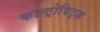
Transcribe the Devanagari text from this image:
कान्ट्रोविट्ज़